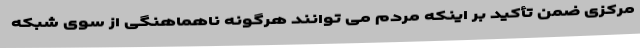
مرکزی ضمن تأکید بر اینکه مردم می توانند هرگونه ناهماهنگی از سوی شبکه